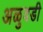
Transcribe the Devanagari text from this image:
अळुवडी